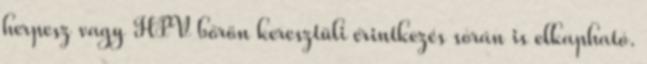
herpesz vagy HPV bőrön keresztüli érintkezés során is elkapható.